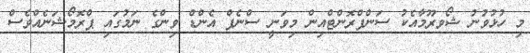
މި ހުޅުވުނު ޝޯވރޫމާއެކު ސަންފްރޮންޓްއިން މިވަނީ ސްނެޕް އެންޑް ވިންގެ ނަމުގައި ޕްރޮމޯޝަނެއްވެސް